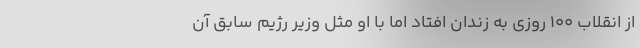
از انقلاب 100 روزی به زندان افتاد اما با او مثل وزیر رژیم سابق آن